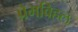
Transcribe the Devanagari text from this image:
प्रेमविहल